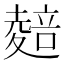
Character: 𭐭